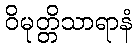
ဝိမုတ္တိသာရာနံ